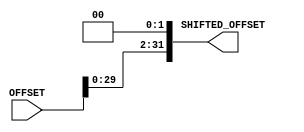
/*
Authers     : WIJERATHNA I.M.K.D.I.     e19446@eng.pdn.ac.lk
              DISSANAYAKE D.M.I.G.      e19090@eng.pdn.ac.lk
Lab         : Lab 5 part 4
              shift.v
Last Updated: Tuesday, May 30, 2023 8:19:49 PM
*/

module shift(OFFSET,SHIFTED_OFFSET);
    //declaring ports 
    input [31:0]   OFFSET;
    output reg [31:0]   SHIFTED_OFFSET;

    //always block
    always @(OFFSET) begin
        SHIFTED_OFFSET=OFFSET<<2;
    end
endmodule